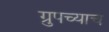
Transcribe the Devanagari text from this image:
ग्रुपच्याच